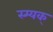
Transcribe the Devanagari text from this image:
स्म्यक्‌